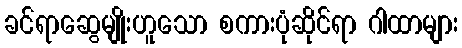
ခင်ရာဆွေမျိုးဟူသော စကားပုံဆိုင်ရာ ဂါထာများ